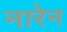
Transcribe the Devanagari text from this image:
नारेन